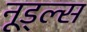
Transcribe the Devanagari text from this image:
नूड्ल्स